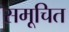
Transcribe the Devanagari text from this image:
समूचित